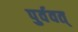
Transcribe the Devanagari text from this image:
पुर्ववत्